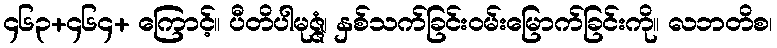
၄၆၃+၄၆၄+ ကြောင့်။ ပီတိပါမုဇ္ဇံ၊ နှစ်သက်ခြင်းဝမ်းမြောက်ခြင်းကို။ လဘတိစ၊